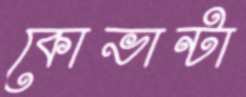
কোভান্টা